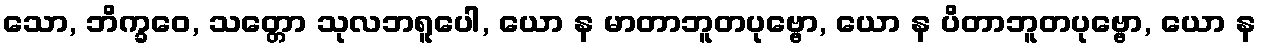
သော, ဘိက္ခဝေ, သတ္တော သုလဘရူပေါ, ယော န မာတာဘူတပုဗ္ဗော, ယော န ပိတာဘူတပုဗ္ဗော, ယော န